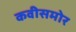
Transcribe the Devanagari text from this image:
कवीसमोर